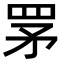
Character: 罞